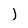
Character: l